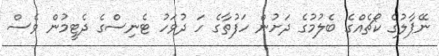
ނޭޕާލުގެ ކޯޗެއްގެ ބެލުމުގެ ދަށުން ހަފުތާގެ ހަ ދުވަހު ޓެނިސްގެ ދެޓީމުން ވެސް